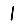
Digit: 1